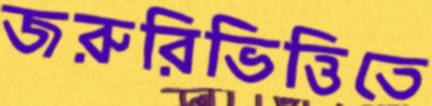
জরুরিভিত্তিতে